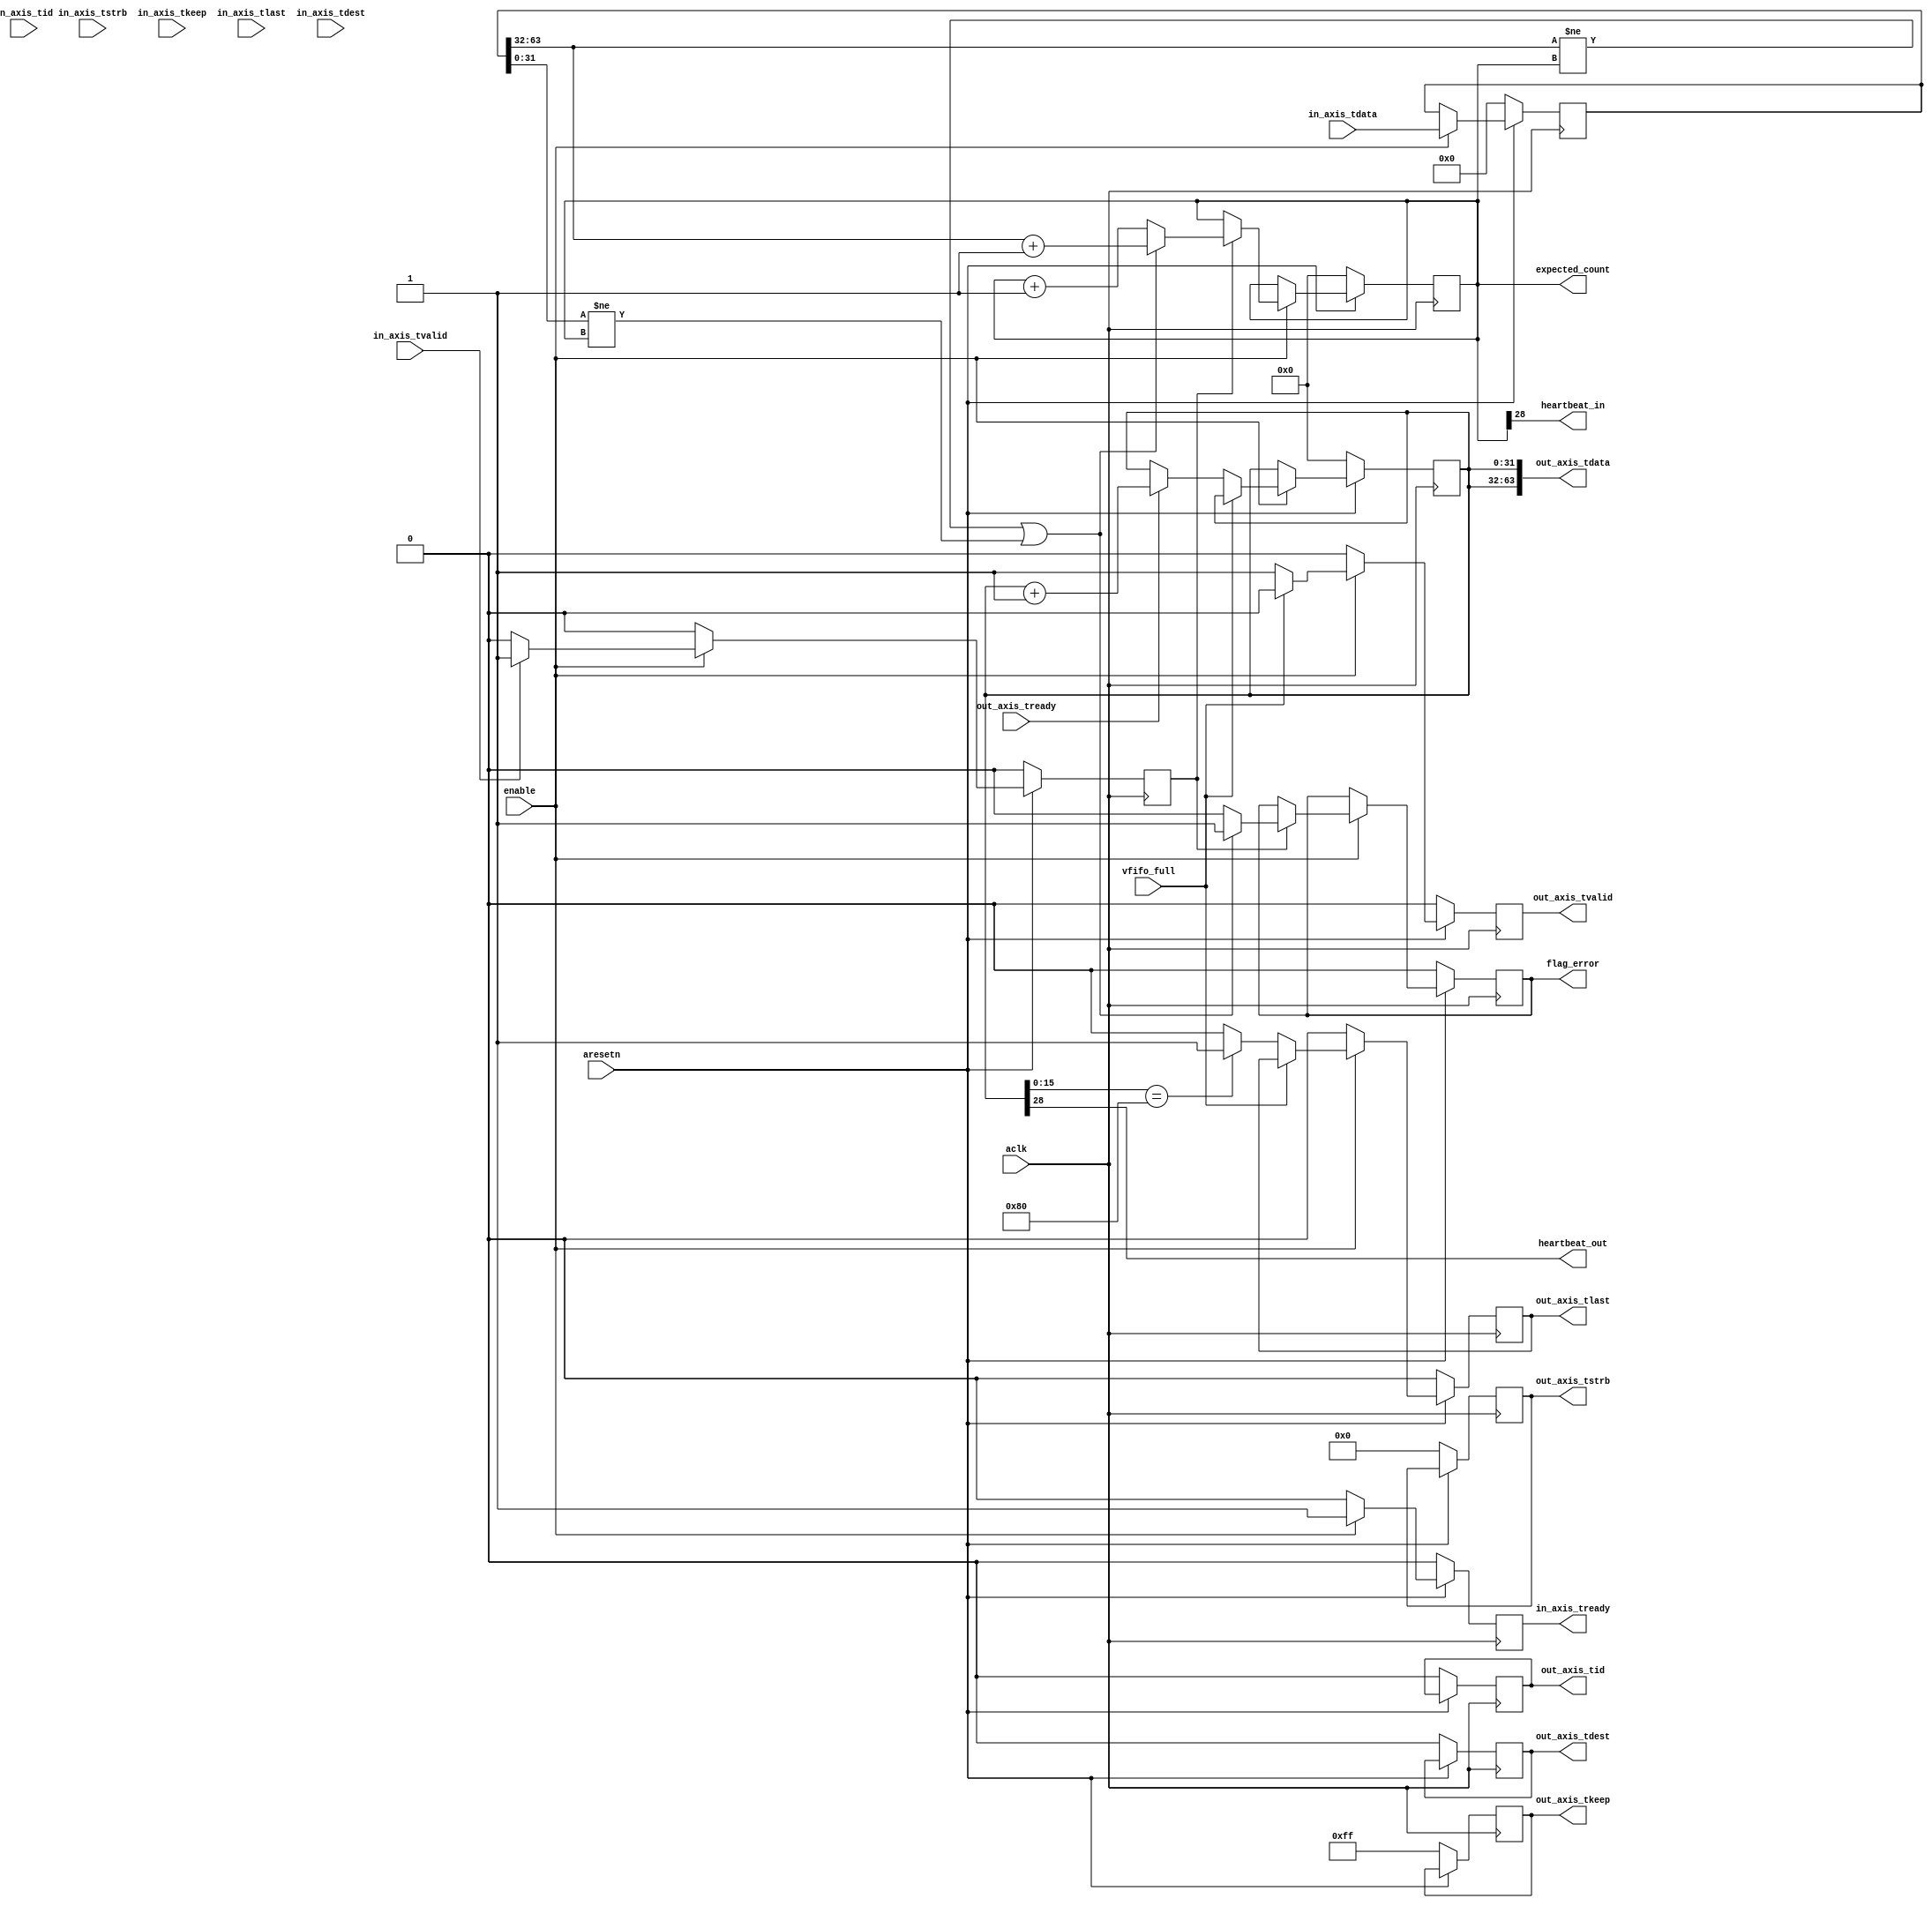
//
// Copyright 2014 Ettus Research LLC
// Copyright 2018 Ettus Research, a National Instruments Company
//
// SPDX-License-Identifier: LGPL-3.0-or-later
//
//
// Test Virtual FIFO's by streaming modulo 2^32 counter (replicated in upper
// and lower 32bits). Test result by tracking count on receive and using 
// sticky flag for error indication.
// Also provide signal from MSB of 32bit count to blink LED.
//

module axi_test_vfifo
  #(parameter PACKET_SIZE = 128)
   (
    input aclk,
    input aresetn,
    input enable,
    // AXI Stream Out
    output reg out_axis_tvalid,
    input out_axis_tready,
    output [63 : 0] out_axis_tdata,
    output reg [7 : 0] out_axis_tstrb,
    output reg [7 : 0] out_axis_tkeep,
    output reg out_axis_tlast,
    output reg [0 : 0] out_axis_tid,
    output reg [0 : 0] out_axis_tdest,
    input vfifo_full,
    // AXI Stream In
    input in_axis_tvalid,
    output reg in_axis_tready,
    input [63 : 0] in_axis_tdata,
    input [7 : 0] in_axis_tstrb,
    input [7 : 0] in_axis_tkeep,
    input in_axis_tlast,
    input [0 : 0] in_axis_tid,
    input [0 : 0] in_axis_tdest,
    // Flags
    output reg flag_error,
    output heartbeat_in,
    output heartbeat_out,
    output [31:0] expected_count
    );
   

   reg [31:0] 	  out_count;
   reg [31:0] 	  in_count;
   reg [63:0] 	  in_axis_tdata_reg;
   reg 		  in_data_valid;
   


   //
   // Output 
   //
   always @(posedge aclk)
     if (!aresetn) begin
	out_count <= 0;
	out_axis_tvalid <= 0;
	out_axis_tid <= 0; // Don't care.
	out_axis_tdest <= 0; // Only use port 0 of VFIFO.
	out_axis_tstrb <= 0;  // Unused in VFIFO
	out_axis_tkeep <= 8'hFF; // Always use every byte of data
	out_axis_tlast <= 1'b0;
     end else if (enable) begin
	if (~vfifo_full) begin
	   // Always ready to output new count value.
	   out_axis_tvalid <= 1;
	   if (out_axis_tready) 
	     out_count <= out_count + 1;
	   // Assert TLAST every PACKET_SIZE beats.
	   if (out_count[15:0] == PACKET_SIZE)
	     out_axis_tlast <= 1'b1;
	   else
	     out_axis_tlast <= 1'b0;
	end else begin
	   out_axis_tvalid <= 0;
	end
     end else begin
	out_axis_tlast <= 1'b0;	
	out_axis_tvalid <= 0;
     end

   assign out_axis_tdata = {out_count,out_count};

   assign heartbeat_out = out_count[28];
   

   //
   // Input (Ignore TLAST signal)
   //
   always @(posedge aclk)
     if (!aresetn) begin
	in_axis_tready <= 0;
	in_axis_tdata_reg <= 0;
	in_data_valid <= 0;
	
     end else if (enable) begin
	in_axis_tready <= 1;
	in_axis_tdata_reg <= in_axis_tdata;
	if (in_axis_tvalid) 
	  in_data_valid <= 1;
	else
	  in_data_valid <= 0;
     end else begin
	in_data_valid <= 0;
	in_axis_tready <= 0;
     end // else: !if(enable)
   
   	  
   assign heartbeat_in = in_count[28];
   
   //
   // Input Checker
   //
   always @(posedge aclk)
     if (!aresetn) begin
	in_count <= 0;
	flag_error <= 0;
     end else if (enable) begin
	if (in_data_valid) begin
	   
	   if ((in_axis_tdata_reg[63:32] != in_count) || (in_axis_tdata_reg[31:0] != in_count))
	     begin
		flag_error <= 1;
		in_count <= in_axis_tdata_reg[63:32] + 1;
	     end
	   else
	     begin
		flag_error <= 0;
		in_count <= in_count + 1;
	     end
	   
	end
     end

   assign expected_count = in_count;
   

endmodule // axi_test_vfifo